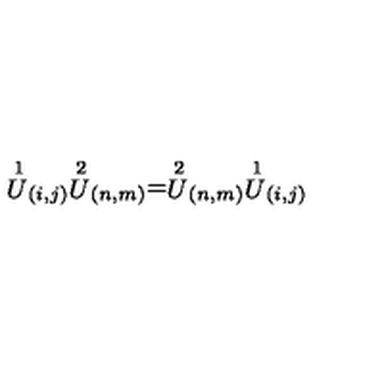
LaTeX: \stackrel { 1 } { U } _ { ( i , j ) } \stackrel { 2 } { U } _ { ( n , m ) } = \stackrel { 2 } { U } _ { ( n , m ) } \stackrel { 1 } { U } _ { ( i , j ) }